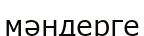
мәндерге